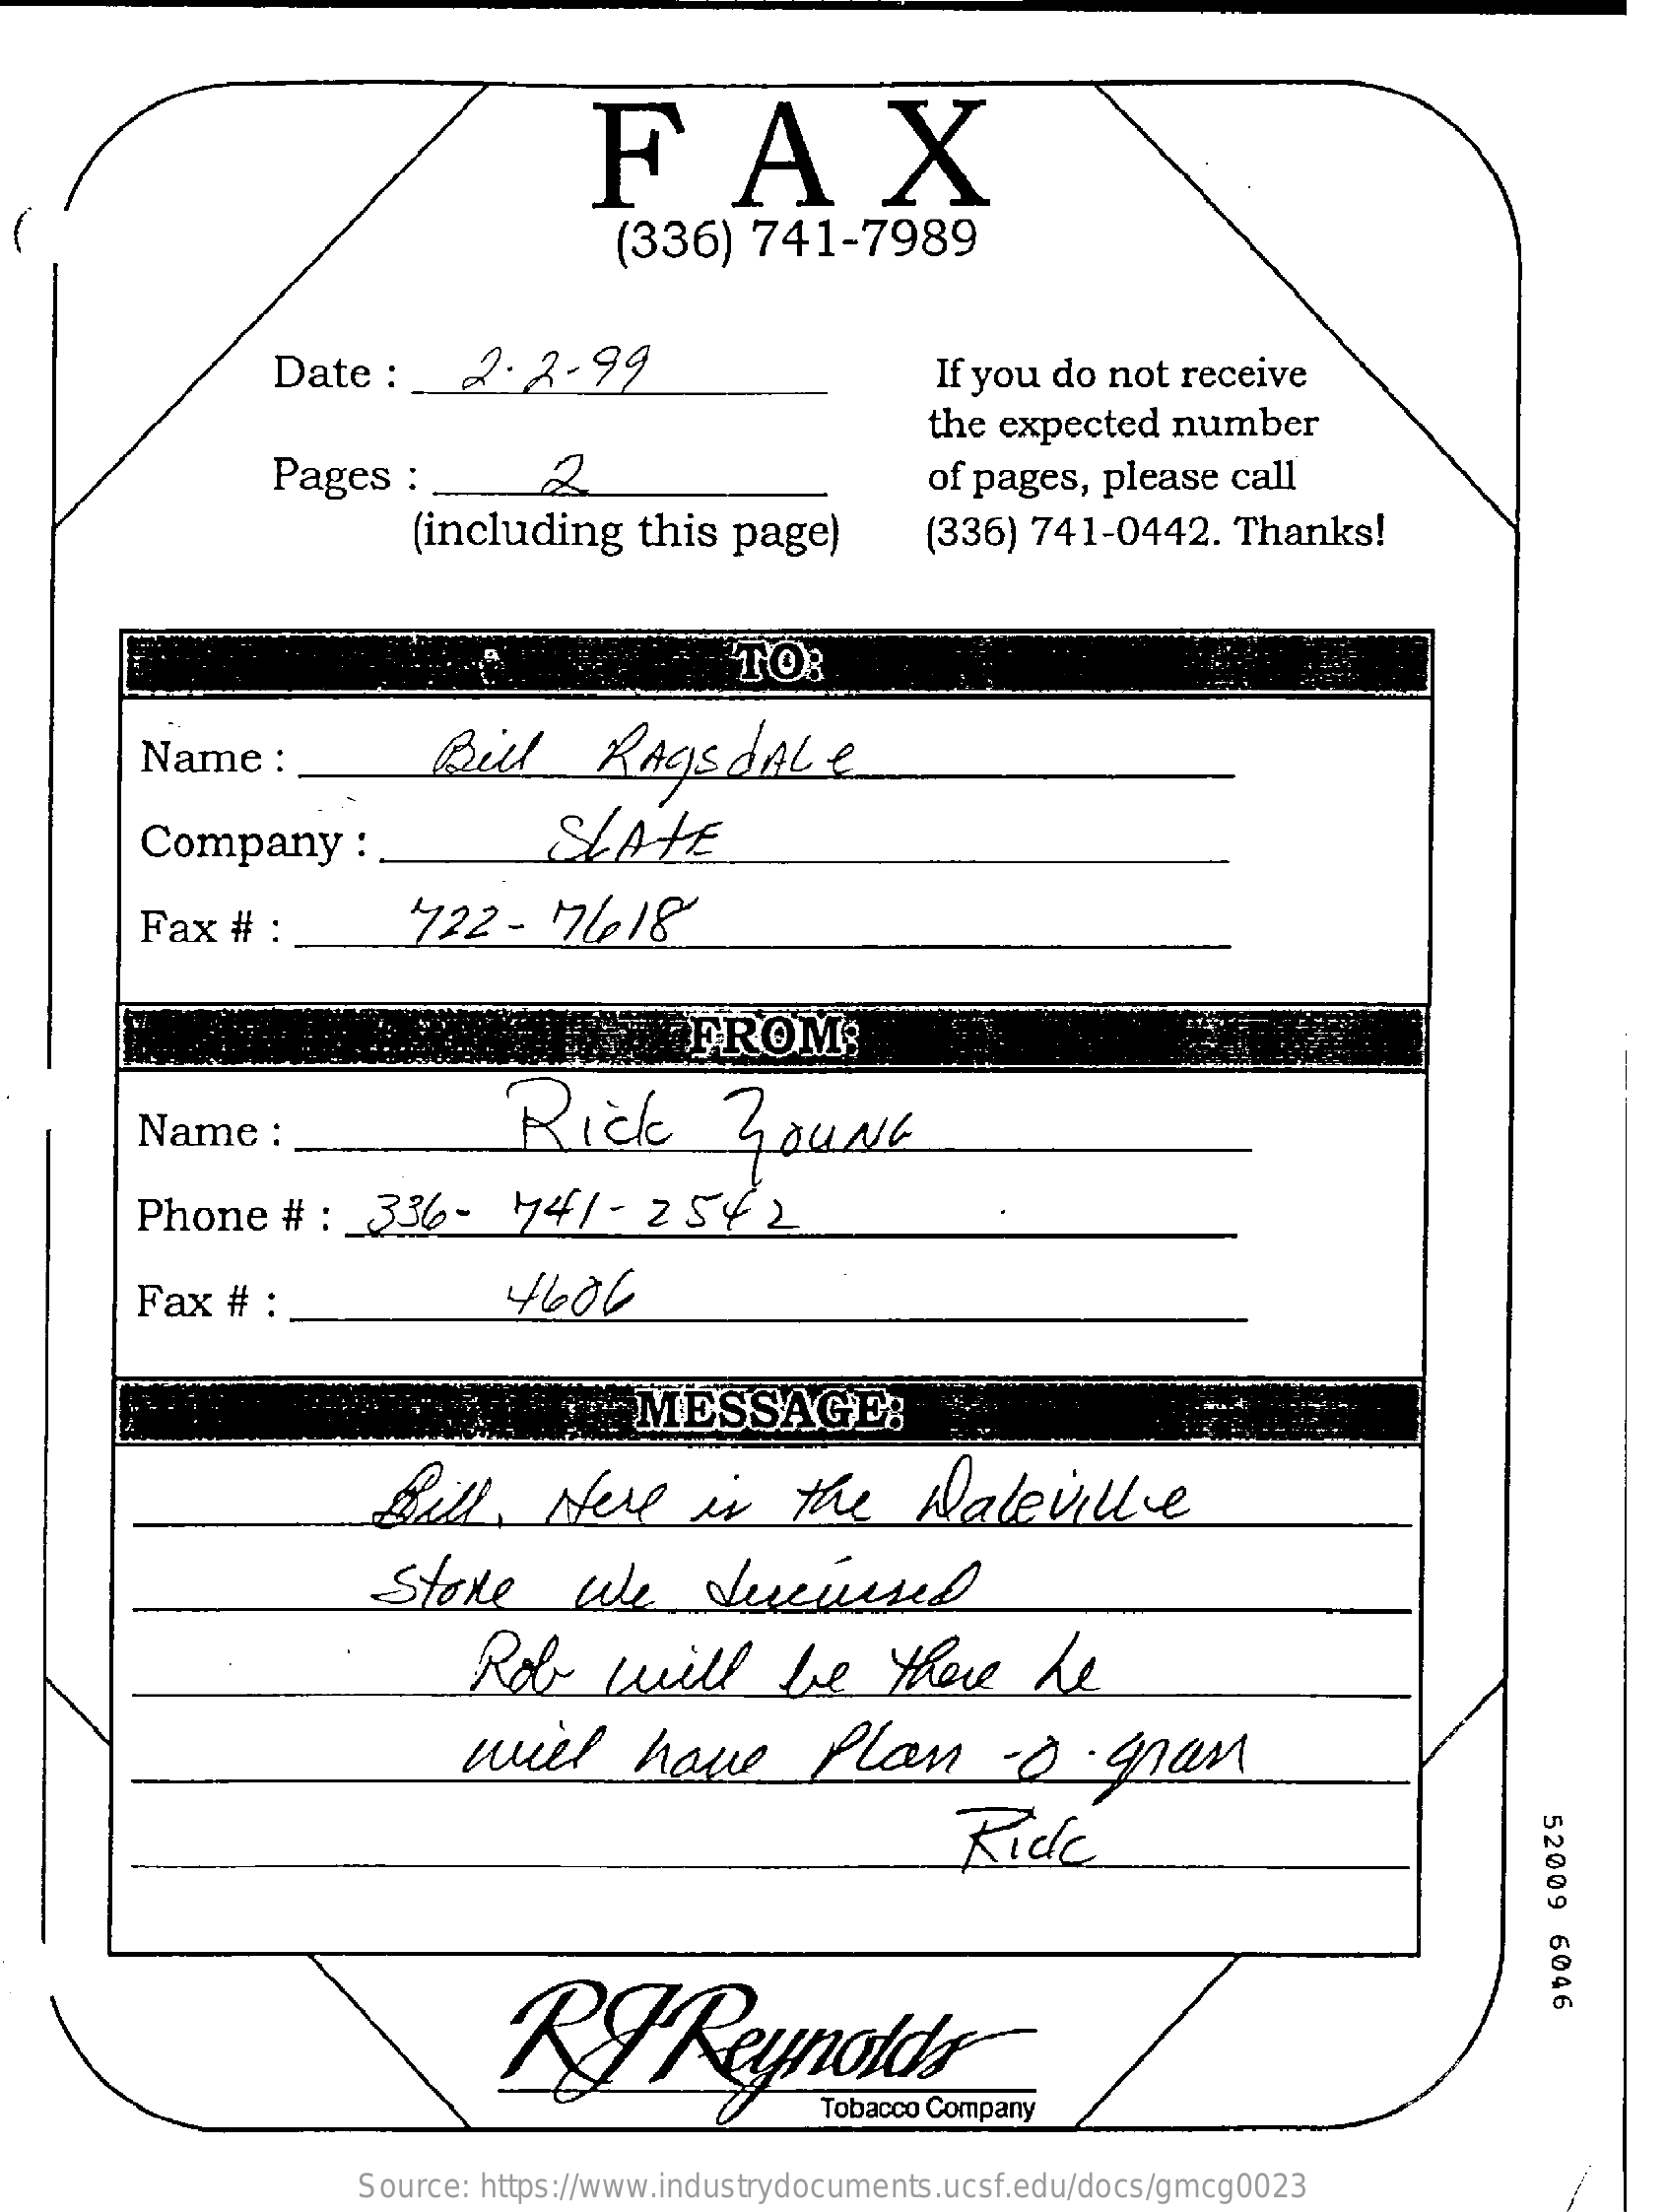
FAX
     (336)    741-7989
     Date   :    2-2-99    If you do  not receive
     the expected   number
     Pages   :    2    of pages,  please  call
     (including    this page)    (336) 741-0442.    Thanks!
     TO:
     Name    :    Bill    RAgsdALe
     Company    :    SLATE
     Fax  #  :    1722-   77418
     FROM:
     Name    :    Rick    ZouNd
     Phone   #  :  336-    44/   - 2  542
     Fax  #  :    4606
     MESSAGE:
     Bill    .  Here    is    the    Waleville
     Store    we    discussed
     Rob    will    be    there    he
     will    have    plan    -ogran
     Ride    52009
     6046
     KJ    Reynolds
     Source: https://www.industrydocuments.ucsf.edu/docs/gmcg0023